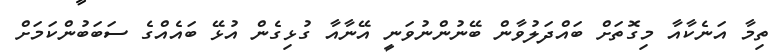
ތިމާ އަނެކާއާ މިގޮތަށް ބައްދަލުވާން ބޭނުންނުވަނީ އޭނާއާ ގުޅިގެން އުޅޭ ބައެއްގެ ސަބަބުންކަމަށް